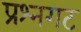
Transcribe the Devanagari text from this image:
प्रश्नगट